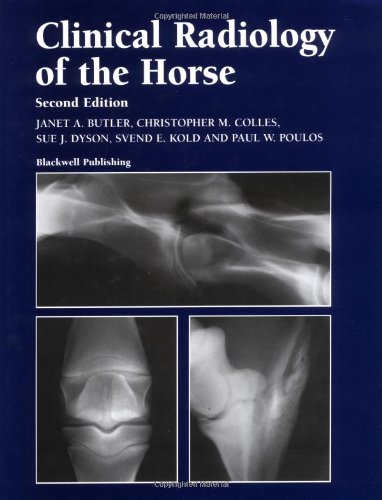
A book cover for Clinical Radiology of the Horse; Janet Butler; Medical Books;